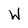
Character: W